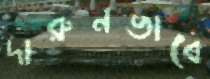
দারুনভাবে